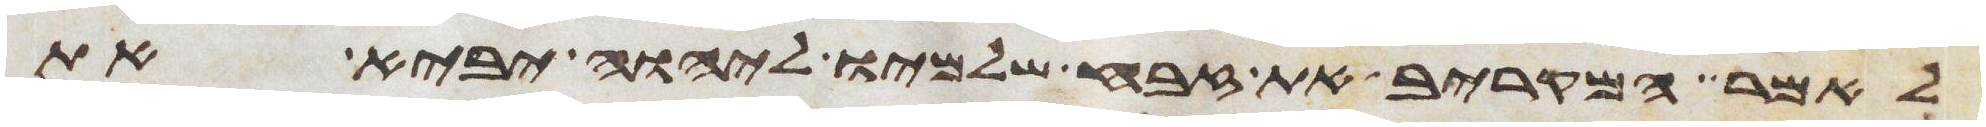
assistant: לאמר המקריב את זבח שלמיו ליהוה יביא את